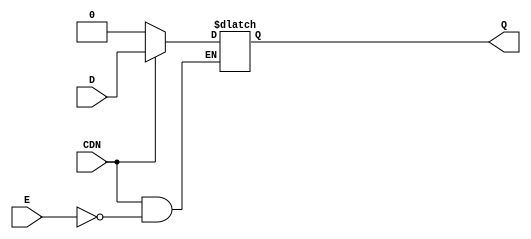
// SPDX-License-Identifier: Apache-2.0
// Copyright (C) 2019 Intel Corporation. 
module aibcr3_latch (
	input wire E,
	input wire CDN,
	//input wire vcc,
	//input wire vss,
	input wire D,
	output reg Q
);

always@(*) begin
	if (!CDN) begin
		Q <= 0;
	end
	else begin
		if (E)
			Q <= D;
	end
end
endmodule